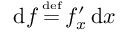
\operatorname { d } \! f \, { \overset { \underset { \mathrm { d e f } } { } } { = } } \, f _ { x } ^ { \prime } \operatorname { d } \! x